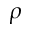
\rho